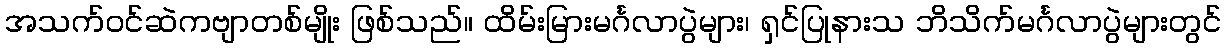
အသက်ဝင်ဆဲကဗျာတစ်မျိုး ဖြစ်သည်။ ထိမ်းမြားမင်္ဂလာပွဲများ၊ ရှင်ပြုနားသ ဘိသိက်မင်္ဂလာပွဲများတွင်